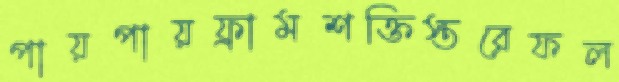
পায়পায়ফ্রামশক্তিস্তরেফল